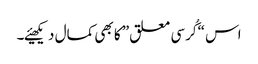
اس “کُرسی معلق” کا بھی کمال دیکھیئے۔